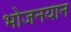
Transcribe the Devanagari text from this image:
भोजनयान